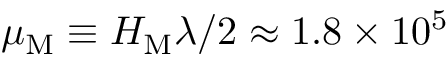
\mu _ { \mathrm { M } } \equiv { \cal H } _ { \mathrm { M } } \lambda / 2 \approx 1 . 8 \times 1 0 ^ { 5 }